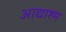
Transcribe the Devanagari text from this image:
आद्याश्म